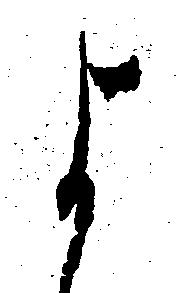
よ